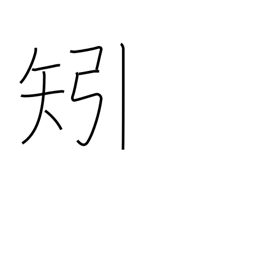
Meaning: feather (arrow)